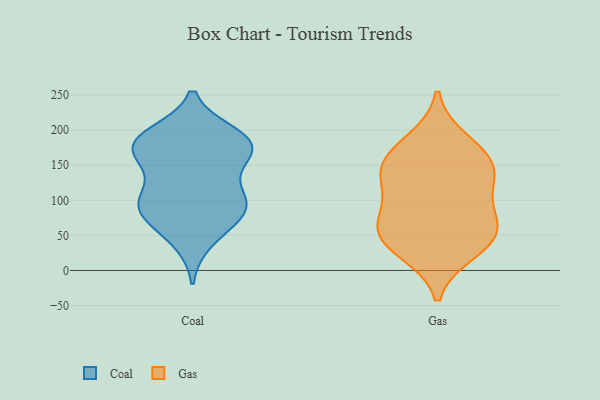
{"axis": {"x": "Latency (ms)", "y": "Value"}, "legend": ["Coal", "Gas"], "data": [{"x": "", "y": 92, "type": "Coal"}, {"x": "", "y": 181, "type": "Coal"}, {"x": "", "y": 92, "type": "Coal"}, {"x": "", "y": 44, "type": "Coal"}, {"x": "", "y": 192, "type": "Coal"}, {"x": "", "y": 172, "type": "Coal"}, {"x": "", "y": 98, "type": "Coal"}, {"x": "", "y": 174, "type": "Coal"}, {"x": "", "y": 70, "type": "Coal"}, {"x": "", "y": 155, "type": "Coal"}, {"x": "", "y": 179, "type": "Coal"}, {"x": "", "y": 184, "type": "Coal"}, {"x": "", "y": 110, "type": "Coal"}, {"x": "", "y": 90, "type": "Coal"}, {"x": "", "y": 145, "type": "Gas"}, {"x": "", "y": 27, "type": "Gas"}, {"x": "", "y": 166, "type": "Gas"}, {"x": "", "y": 63, "type": "Gas"}, {"x": "", "y": 53, "type": "Gas"}, {"x": "", "y": 147, "type": "Gas"}, {"x": "", "y": 114, "type": "Gas"}, {"x": "", "y": 185, "type": "Gas"}, {"x": "", "y": 36, "type": "Gas"}, {"x": "", "y": 136, "type": "Gas"}, {"x": "", "y": 60, "type": "Gas"}, {"x": "", "y": 84, "type": "Gas"}]}